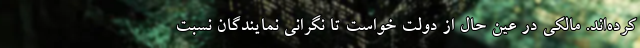
کرده‌اند. مالکی در عین حال از دولت خواست تا نگرانی نمایندگان نسبت